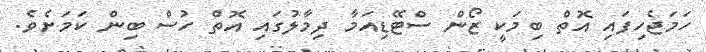
ހަމަޖެހިފައި އޮތް ބިމަކީ ޒޯން ސްޓޭޑިއަމާ ދިމާލުގައި އޮތް ހުސް ބިން ކަމަށެވެ.